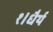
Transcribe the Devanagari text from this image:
१।धैर्य